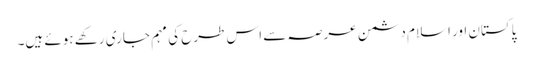
پاکستان اور اسلام دشمن عرصہ سے اس طرح کی مہم جاری رکھے ہوئے ہیں۔